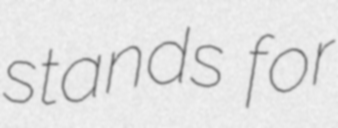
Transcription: stands for